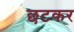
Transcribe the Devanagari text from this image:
छटकर